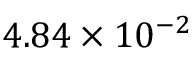
4 . 8 4 \times 1 0 ^ { - 2 }